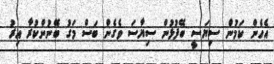
އެހެން ކަމުން ސިޔަސީ ބޭފުޅުން ސިޔާސަ ވެގެން ބަސް މަގު ބޭނުންކުރާ އިރު